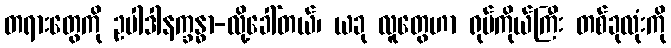
တရားတွေကို ဥပါဒါနက္ခန္ဓာ-လို့ခေါ်တယ်၊ ယခု လူတွေဟာ ရုပ်ကိုယ်ကြီး တစ်ခုလုံးကို